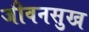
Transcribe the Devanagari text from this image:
जीवनसुख